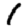
Digit: 1